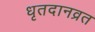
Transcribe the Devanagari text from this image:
धृतदानव्रत